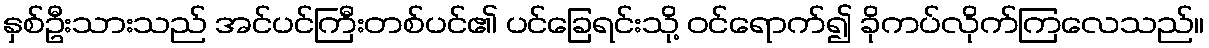
နှစ်ဦးသားသည် အင်ပင်ကြီးတစ်ပင်၏ ပင်ခြေရင်းသို့ ဝင်ရောက်၍ ခိုကပ်လိုက်ကြလေသည်။